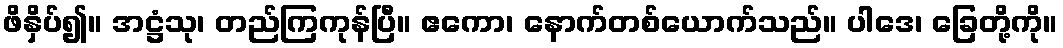
ဖိနှိပ်၍။ အဋ္ဌံသု၊ တည်ကြကုန်ပြီ။ ဧကော၊ နောက်တစ်ယောက်သည်။ ပါဒေ၊ ခြေတို့ကို။